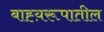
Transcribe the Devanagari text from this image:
बाह्य़रूपातील